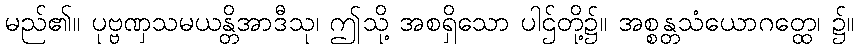
မည်၏။ ပုဗ္ဗဏှသမယန္တိအာဒီသု၊ ဤသို့ အစရှိသော ပါဌ်တို့၌။ အစ္စန္တသံယောဂတ္ထေ၊ ၌။